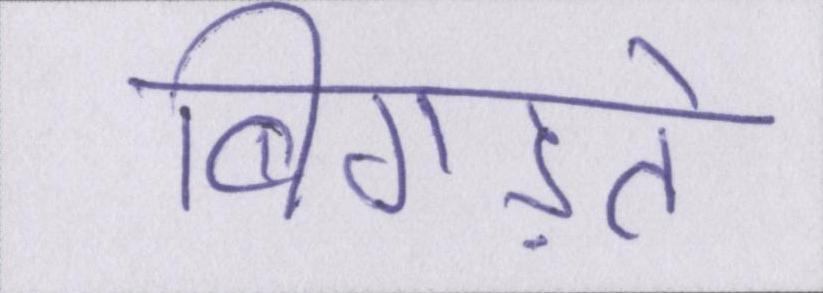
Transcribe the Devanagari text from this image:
बिगड़ते